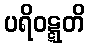
ပရိဝဋ္ဋတိ